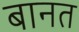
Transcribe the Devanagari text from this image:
बानत